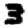
Digit: 3